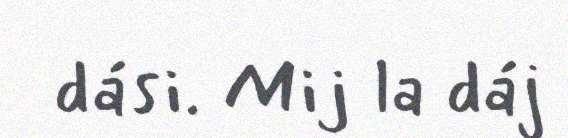
dási. Mij la dáj